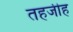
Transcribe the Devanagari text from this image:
तहजीह